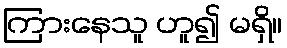
ကြားနေသူ ဟူ၍ မရှိ။